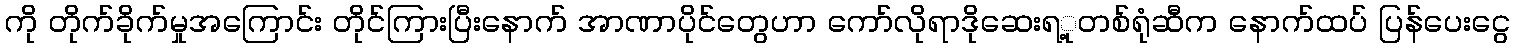
ကို တိုက်ခိုက်မှုအကြောင်း တိုင်ကြားပြီးနောက် အာဏာပိုင်တွေဟာ ကော်လိုရာဒိုဆေးရ့ုတစ်ရုံဆီက နောက်ထပ် ပြန်ပေးငွေ